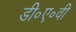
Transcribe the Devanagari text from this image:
डी॰ए॰वी